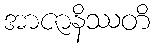
အာဇာနိဿတိ